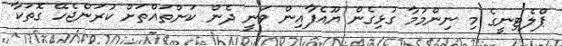
ޕްލެޓިނީގެ މި ނިންމުމާ ގުޅިގެން ޔޫއެފާއިން ވަނީ ދެން ކަންތައްތަށް ކުރަންޖެހޭ ގޮތަކާ